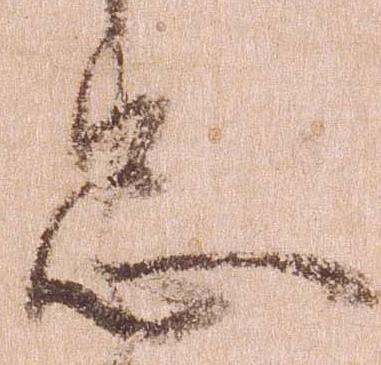
忠